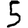
Digit: 5